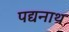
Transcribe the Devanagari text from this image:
पद्यनाथ